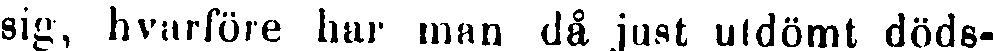
sig, hvarföre har man då just utdömt döds-